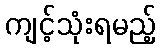
ကျင့်သုံးရမည့်